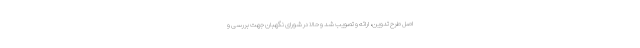
اصل طرح تدوین، ارائه و تصویب شد و حالا در شورای نگهبان جهت بررسی و